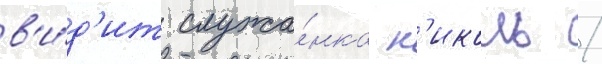
в'и́д'ит служа́нка н'иколь /